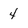
Character: 4